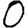
Digit: 0